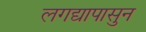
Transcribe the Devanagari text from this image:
लगद्यापासुन